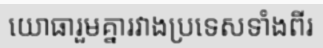
យោធារួមគ្នារវាងប្រទេសទាំងពីរ